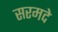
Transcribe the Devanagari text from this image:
सरमदे